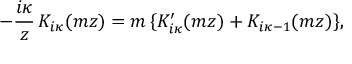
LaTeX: - \frac { i \kappa } { z } \, K _ { i \kappa } ( m z ) = m \, \{ K _ { i \kappa } ^ { \prime } ( m z ) + K _ { i \kappa - 1 } ( m z ) \} ,